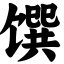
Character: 馔